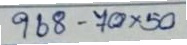
968 - 70x50